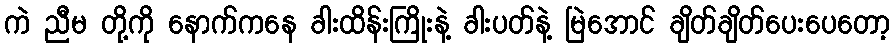
ကဲ ညီမ တို့ကို နောက်ကနေ ခါးထိန်းကြိုးနဲ့ ခါးပတ်နဲ့ မြဲအောင် ချိတ်ချိတ်ပေးပေတော့